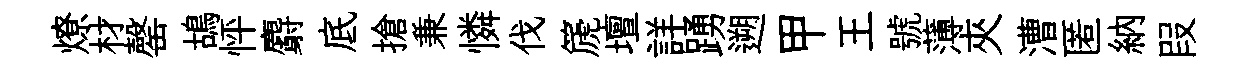
燎材罄鴣怦麝底搶兼憐伐篪壇詳踴遡甲王號薄夾漕匿納叚